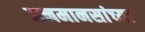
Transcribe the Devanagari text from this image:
जनमानसांच्या